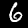
Label: 6